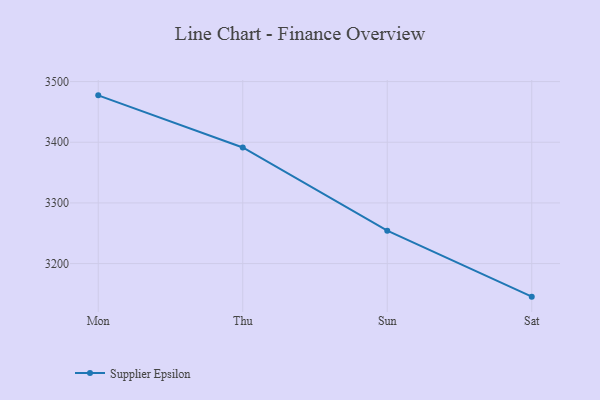
{"axis": {"x": "Day", "y": "Demand Index"}, "legend": ["Supplier Epsilon"], "data": [{"x": "Mon", "y": 3477.3, "type": "Supplier Epsilon"}, {"x": "Thu", "y": 3391.4, "type": "Supplier Epsilon"}, {"x": "Sun", "y": 3254.3, "type": "Supplier Epsilon"}, {"x": "Sat", "y": 3145.5, "type": "Supplier Epsilon"}]}